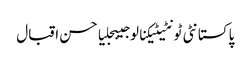
پاکستانٹی ٹونٹیٹیکنالوجیبجلیاحسن اقبال